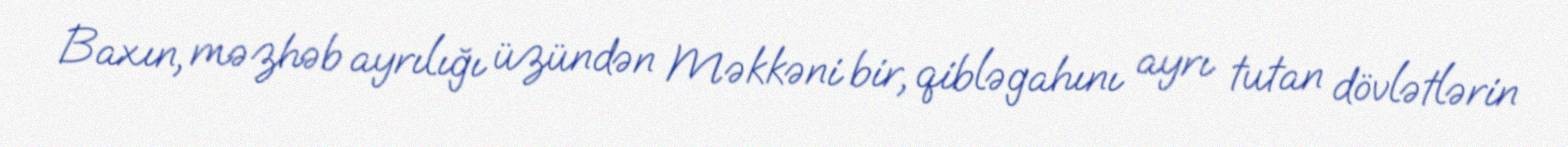
Baxın, məzhəb ayrılığı üzündən Məkkəni bir, qibləgahını ayrı tutan dövlətlərin